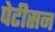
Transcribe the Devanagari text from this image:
पेटीसन